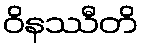
ဝိနဿီတိ